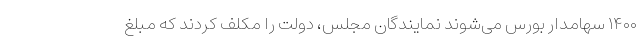
۱۴۰۰ سهامدار بورس می‌شوند نمایندگان مجلس، دولت را مکلف کردند که مبلغ